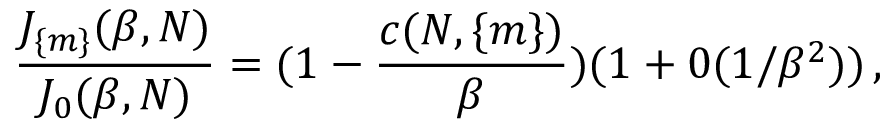
\frac { J _ { \{ m \} } ( \beta , N ) } { J _ { 0 } ( \beta , N ) } = ( 1 - \frac { c ( N , \{ m \} ) } { \beta } ) ( 1 + 0 ( 1 / \beta ^ { 2 } ) ) \, ,